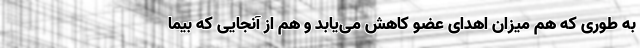
به طوری که هم میزان اهدای عضو کاهش می‌یابد و هم از آنجایی که بیما